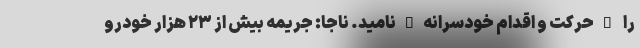
را "حرکت و اقدام خودسرانه"نامید. ناجا: جریمه بیش از ۲۳ هزار خودرو